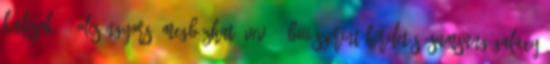
kulcsok -- OLCSÓNGyors, megbízható vevő. übiii szerint:Hirdetés: Samsung Galaxy